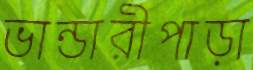
ভান্ডারীপাড়া